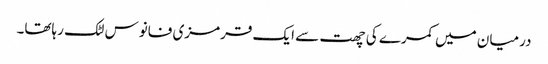
درمیان میں کمرے کی چھت سے ایک قرمزی فانوس لٹک رہاتھا۔